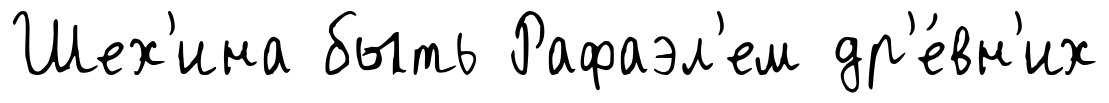
Шех'ина быть Рафаэл'ем др'е́вн'их